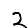
Digit: 2